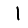
Digit: 1